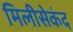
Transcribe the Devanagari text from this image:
मिलीसेकंद